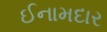
ઈનામદાર